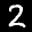
Label: 2